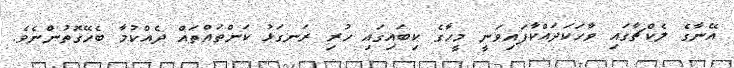
އޭނާގެ ލެކްޗާގައި ވާހަކަދައްކާފައިވަނީ މީހާގެ ކިބައިގައި ހުރި ރަނގަޅު ކަންތައްތައް ދެއްކުމާ ބެހޭގޮތުންނެވެ.